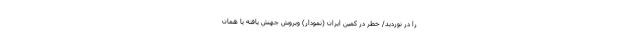
را در نوردید/ خطر در کمین ایران (نمودار) ویروش جهش یافته یا همان